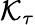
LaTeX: \mathcal{K}_{\tau}